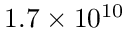
1 . 7 \times 1 0 ^ { 1 0 }